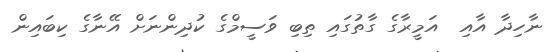
ނާހިދާ އާއި  އަމީރާގެ ގާތުގައި ތިބި ވަސީމްގެ ކުދިންނަށް އޭނާގެ ކިބައިން